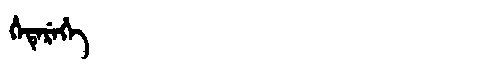
Manchu: ᡥᡝᡨᡝᡵᡝᡥᡝ
Romanization: HETEREHE